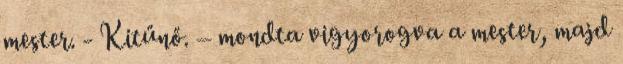
mester. - Kitűnő. – mondta vigyorogva a mester, majd